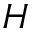
H